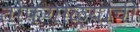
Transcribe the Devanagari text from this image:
तोफगोळ्यांची